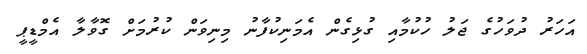
އަހަރު ދުވަހުގެ ޖަލު ހުކުމާއި ގުޅިގެން އެމަނިކުފާނު މިނިވަން ކުރުމަށް ގޮވާލާ އެމްޑީޕީ